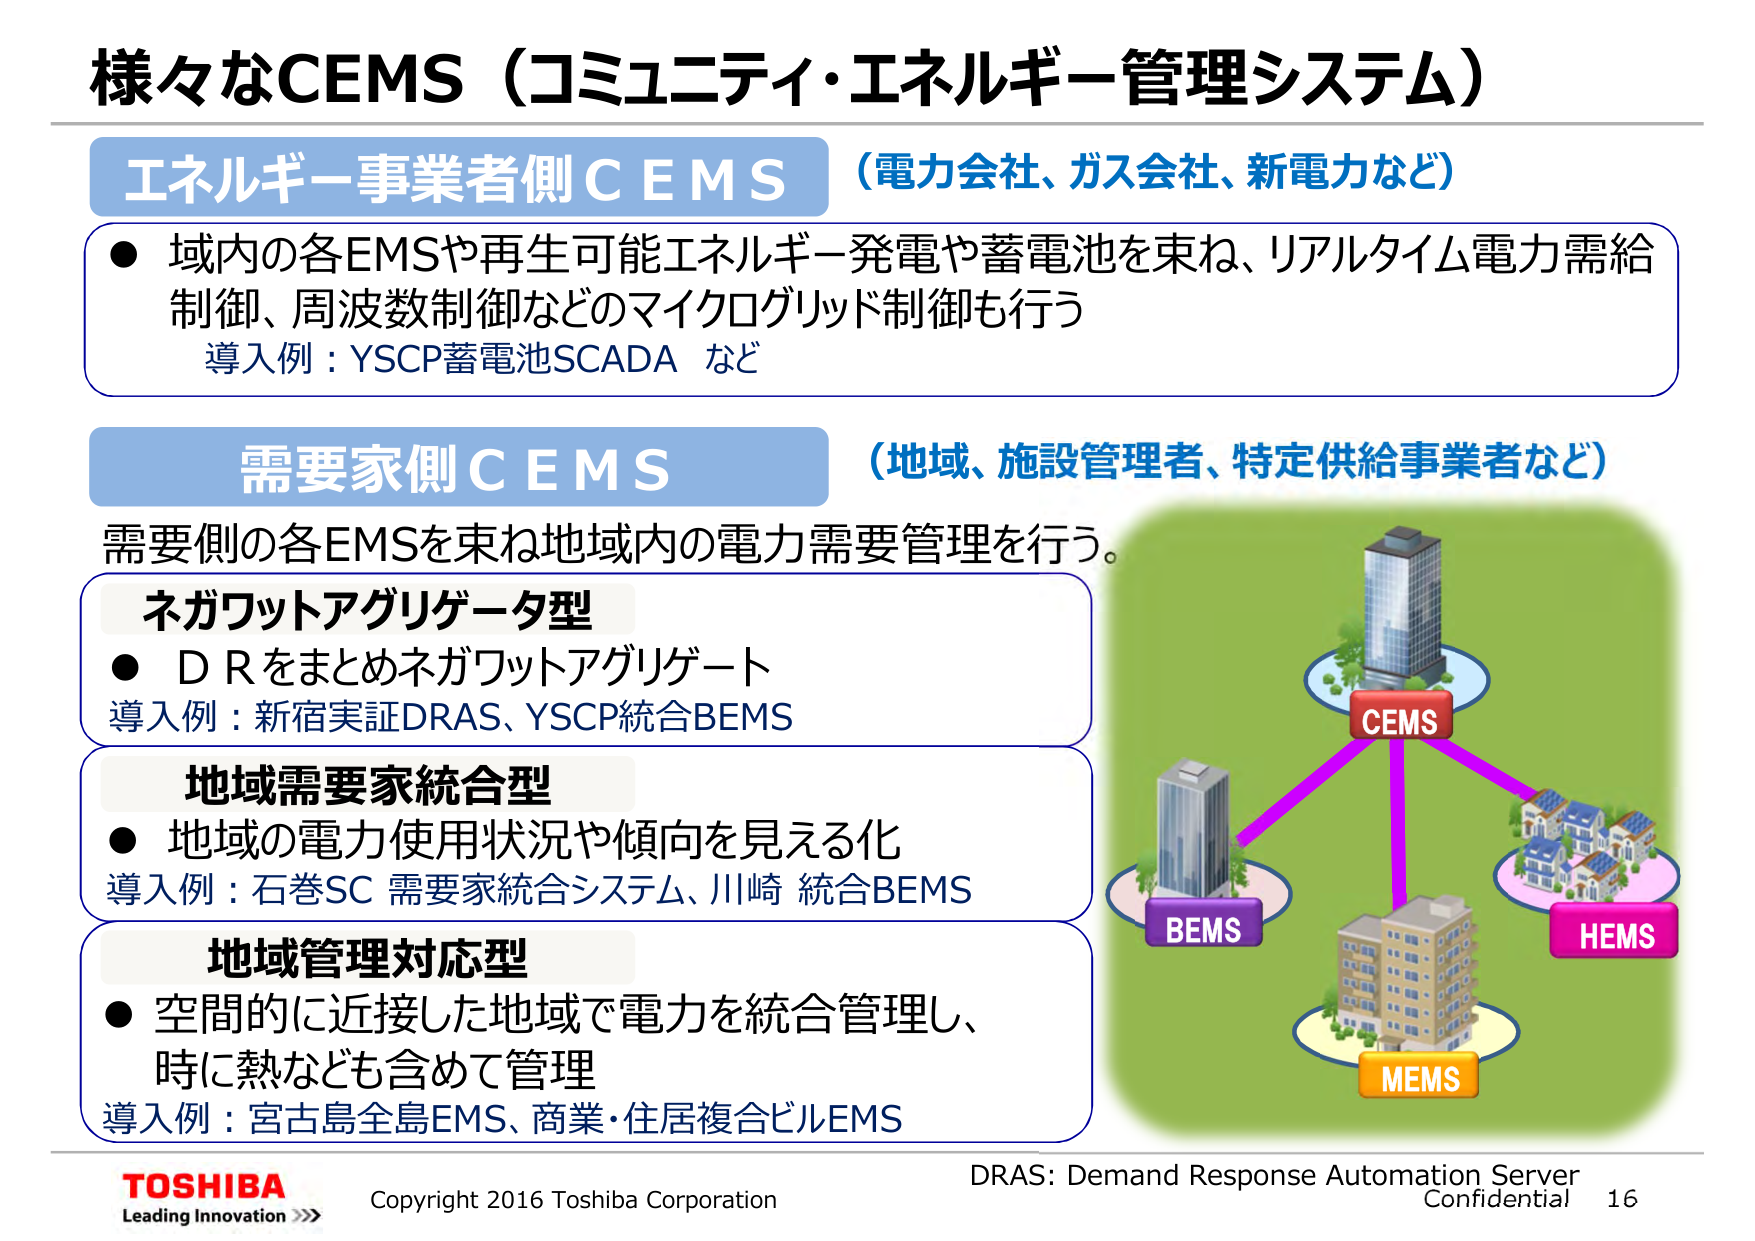
様々なCEMS（コミュニティ・エネルギー管理システム）

エネルギー事業者側CEMS（電力会社、ガス会社、新電力など）
● 域内の各EMSや再生可能エネルギー発電や蓄電池を束ね、リアルタイム電力需給制御、周波数制御などのマイクログリッド制御も行う
導入例：YSCP蓄電池SCADA など

需要家側CEMS（地域、施設管理者、特定供給事業者など）
需要側の各EMSを束ね地域内の電力需要管理を行う。

ネガワットアグリゲータ型
● D Rをまとめネガワットアグリゲート
導入例：新宿実証DRAS、YSCP統合BEMS

地域需要家統合型
● 地域の電力使用状況や傾向を見える化
導入例：石巻SC 需要家統合システム、川崎 統合BEMS

地域管理対応型
● 空間的に近接した地域で電力を統合管理し、時に熱なども含めて管理
導入例：宮古島全島EMS、商業・住居複合ビルEMS

CEMS
BEMS
MEMS
HEMS

TOSHIBA
Leading Innovation >>>
Copyright 2016 Toshiba Corporation

DRAS: Demand Response Automation Server
Confidential 16